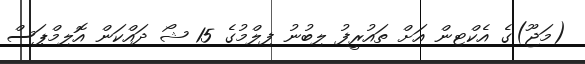
(މަޖޫ)ގެ އެކްޓިން އަށް ތައުރީފު ލިބުނު ފިލްމުގެ 15 ޝޯ ދައްކަން އޮލިމްޕަސް